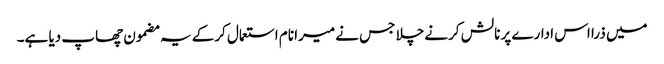
میں ذرا اس ادارے پر نالش کرنے چلا جس نے میرا نام استعمال کرکے یہ مضمون چھاپ دیا ہے۔